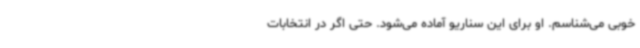
خوبی می‌شناسم. او برای این سناریو آماده می‌شود. حتی اگر در انتخابات